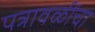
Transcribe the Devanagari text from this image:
पत्रावळींचा